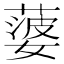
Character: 蔢